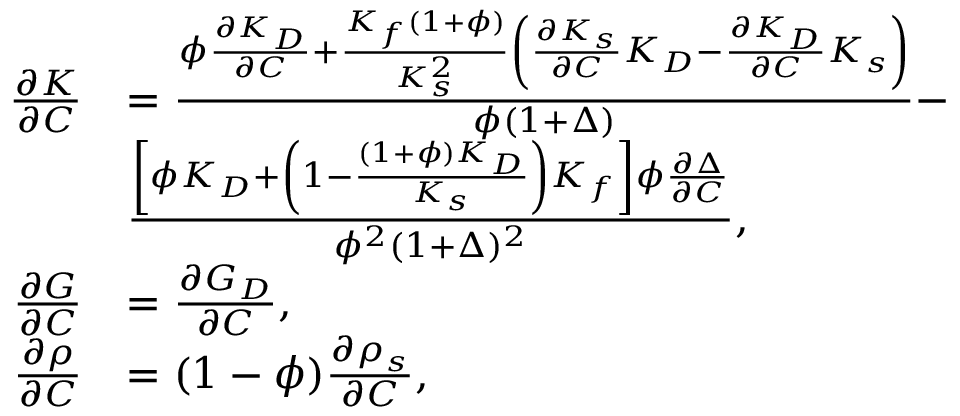
\begin{array} { r } { \begin{array} { r l } { \frac { \partial K } { \partial C } } & { = \frac { \phi \frac { \partial K _ { D } } { \partial C } + \frac { K _ { f } ( 1 + \phi ) } { K _ { s } ^ { 2 } } \left( \frac { \partial K _ { s } } { \partial C } K _ { D } - \frac { \partial K _ { D } } { \partial C } K _ { s } \right) } { \phi ( 1 + \Delta ) } - } \\ & { \frac { \left[ \phi K _ { D } + \left( 1 - \frac { ( 1 + \phi ) K _ { D } } { K _ { s } } \right) K _ { f } \right] \phi \frac { \partial \Delta } { \partial C } } { \phi ^ { 2 } ( 1 + \Delta ) ^ { 2 } } , } \\ { \frac { \partial G } { \partial C } } & { = \frac { \partial G _ { D } } { \partial C } , } \\ { \frac { \partial \rho } { \partial C } } & { = ( 1 - \phi ) \frac { \partial \rho _ { s } } { \partial C } , } \end{array} } \end{array}